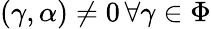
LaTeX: (\gamma,\alpha)\neq 0\, \forall\gamma\in\Phi